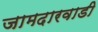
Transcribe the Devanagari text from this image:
जामदारवाडी